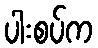
ပါးစပ်က